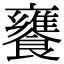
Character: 饔